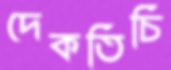
দেকতিচি